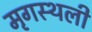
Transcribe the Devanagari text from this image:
मृगस्थली